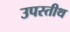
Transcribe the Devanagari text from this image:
उपस्तीथ